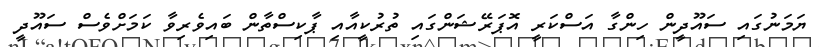
ޔަމަނުގައި ސައޫދީން ހިންގާ އަސްކަރީ އޮޕަރޭޝަންގައި ތުރުކީއާއި ޕާކިސްތާން ބައިވެރިވާ ކަމަށްވެސް ސައޫދީ